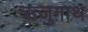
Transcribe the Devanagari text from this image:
ऋजुगाथ